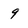
Character: 9